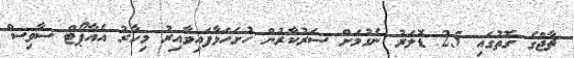
ޗާޖްގެ ގޮތުގައި 25 ޑޮލަރު ނެގުމަށް ސަރުކާރުން ހުށަހަޅާފައިވާއިރު މިހާރު އެއާޕޯޓް ސާވިސް